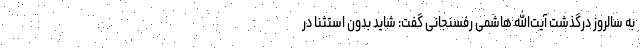
به سالروز درگذشت آیت‌الله هاشمی رفسنجانی گفت: شاید بدون استثنا در